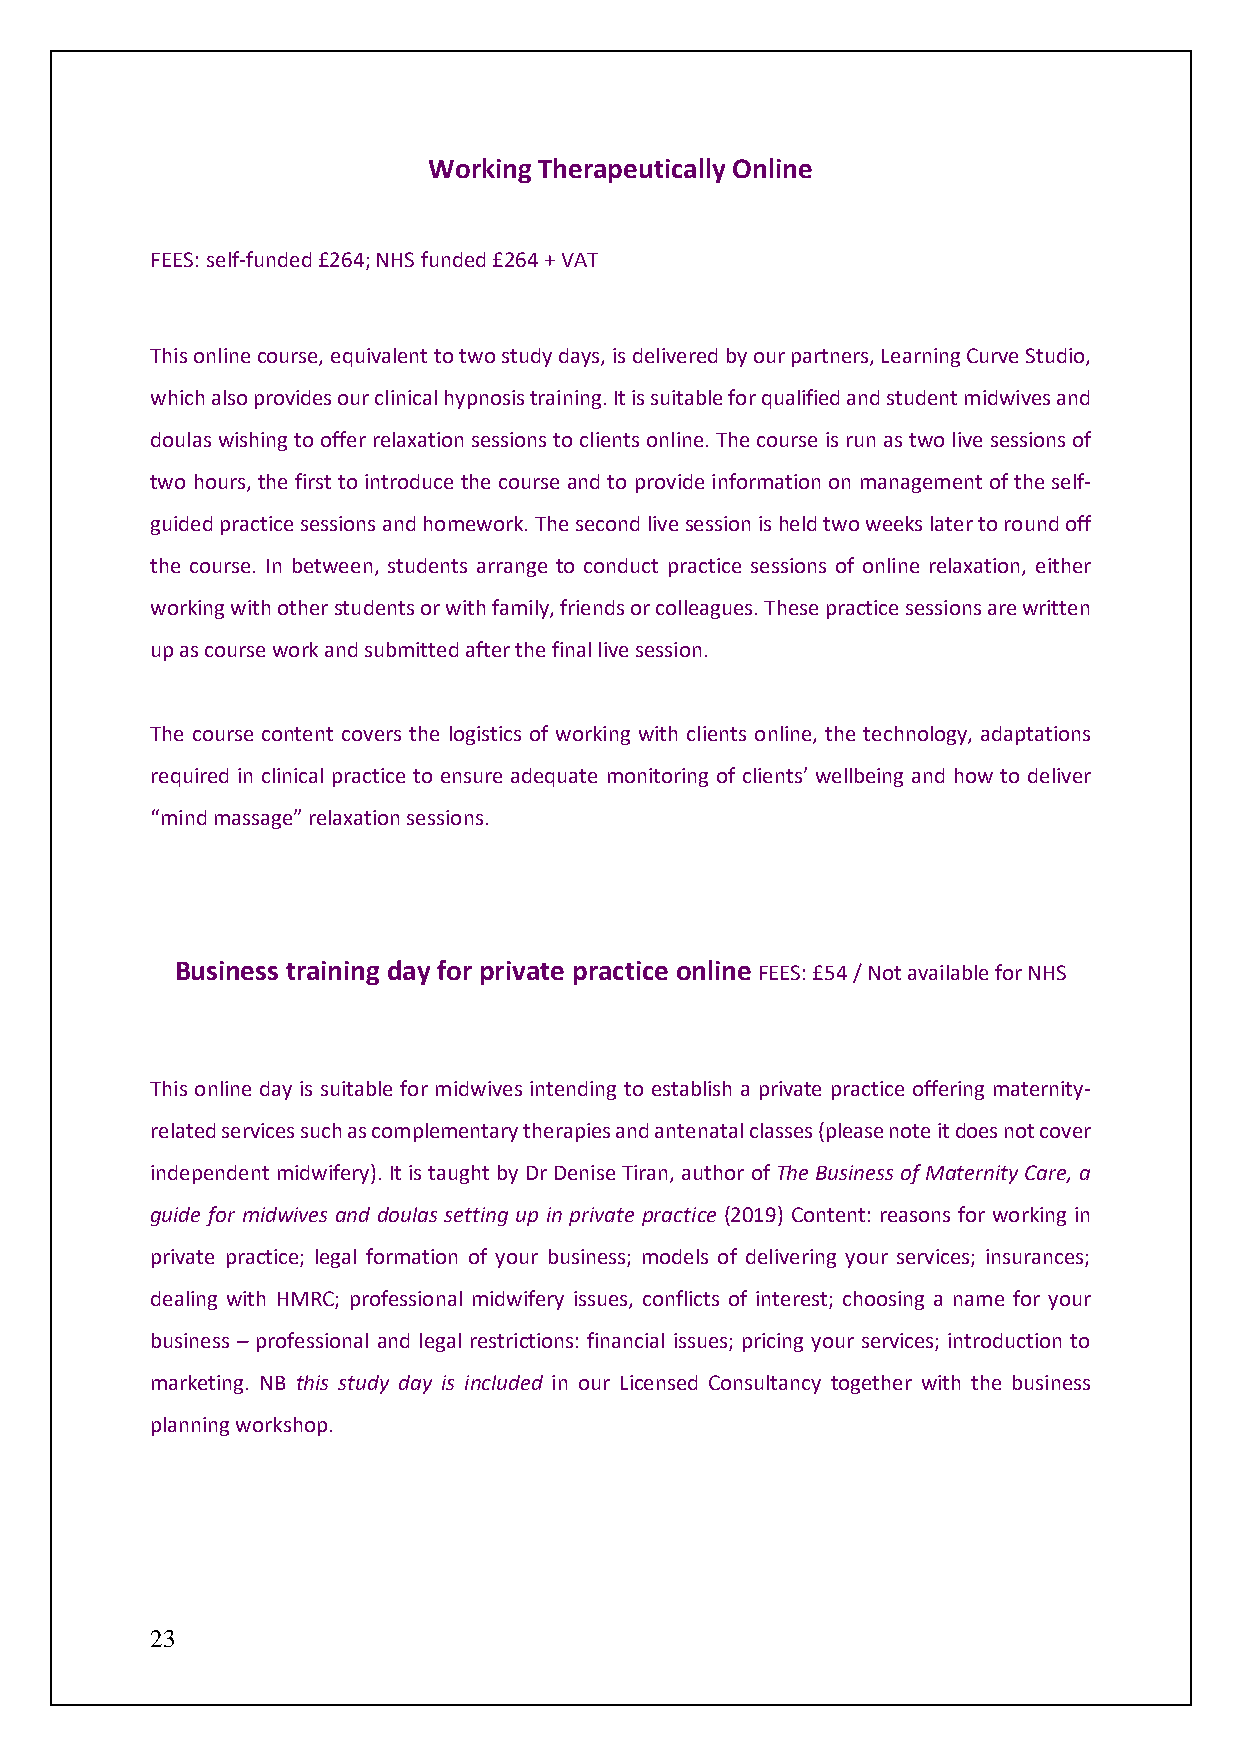
Working Therapeutically Online
 FEES: self-funded £264; NHS funded £264 + VAT
 This online course, equivalent to two study days, is delivered by our partners, Learning Curve Studio,
 which also provides our clinical hypnosis training. It is suitable for qualified and student midwives and
 doulas wishing to offer relaxation sessions to clients online. The course is run as two live sessions of
 two hours, the first to introduce the course and to provide information on management of the self-
 guided practice sessions and homework. The second live session is held two weeks later to round off
 the course. In between, students arrange to conduct practice sessions of online relaxation, either
 working with other students or with family, friends or colleagues. These practice sessions are written
 up as course work and submitted after the final live session.
 The course content covers the logistics of working with clients online, the technology, adaptations
 required in clinical practice to ensure adequate monitoring of clients’ wellbeing and how to deliver
 “mind massage” relaxation sessions.
 Business training day for private practice online FEES: £54 / Not available for NHS
 This online day is suitable for midwives intending to establish a private practice offering maternity-
 related services such as complementary therapies and antenatal classes (please note it does not cover
 independent midwifery). It is taught by Dr Denise Tiran, author of The Business of Maternity Care, a
 guide for midwives and doulas setting up in private practice (2019) Content: reasons for working in
 private practice; legal formation of your business; models of delivering your services; insurances;
 dealing with HMRC; professional midwifery issues, conflicts of interest; choosing a name for your
 business – professional and legal restrictions: financial issues; pricing your services; introduction to
 marketing. NB this study day is included in our Licensed Consultancy together with the business
 planning workshop.
 23